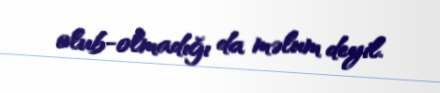
olub-olmadığı da məlum deyil.